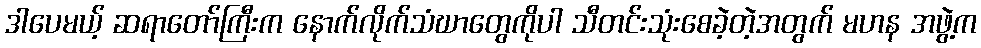
ဒါပေမယ့် ဆရာတော်ကြီးက နောက်လိုက်သံဃာတွေကိုပါ သီတင်းသုံးစေခဲ့တဲ့အတွက် မဟန အဖွဲ့က